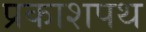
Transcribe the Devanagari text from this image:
प्रकाशपथ